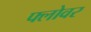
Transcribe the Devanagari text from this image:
फ्लोवर